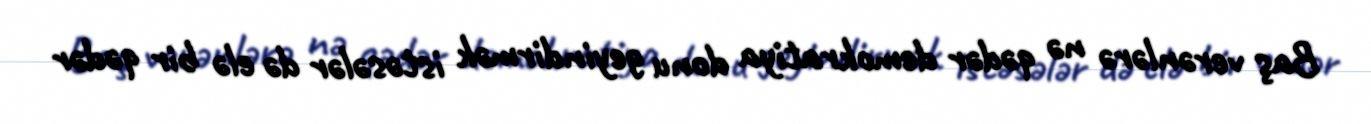
Baş verənlərə nə qədər demokratiya donu geyindirmək istəsələr də elə bir qədər